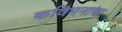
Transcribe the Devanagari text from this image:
कविमनाचा